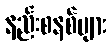
နည်းစနစ်များ